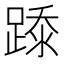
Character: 𰸢